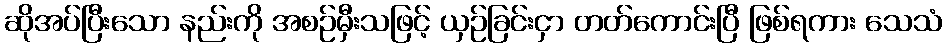
ဆိုအပ်ပြီးသော နည်းကို အစဉ်မှီးသဖြင့် ယှဉ်ခြင်းငှာ တတ်ကောင်းပြီ ဖြစ်ရကား သေသံ